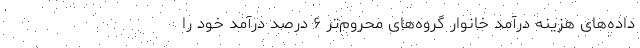
داده‌های هزینه درآمد خانوار گروه‌های محروم‌تر ۶ درصد درآمد خود را